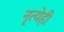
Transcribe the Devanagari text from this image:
नृत्येही